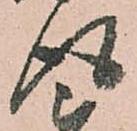
得